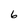
Character: 6